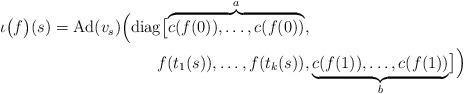
LaTeX: \begin{align*}\begin{aligned}\iota\bigl(f\bigr)(s) = \operatorname{Ad}(v_s) \Bigl( \operatorname{diag}\bigl[\overbrace{c(f(0)), \dots, c(f(0))}^a, & \\f(t_1(s)), \dots, f(t_k(s)), &\underbrace{c(f(1)), \dots, c(f(1))}_b \bigr] \Bigr)\end{aligned}\end{align*}